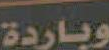
وباردة